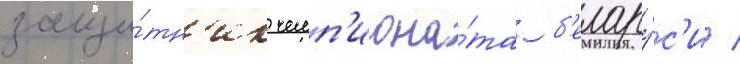
защи́тн'ик чемп'иона́та б'елару́с'и /